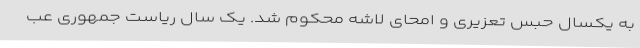
به یکسال حبس تعزیری و امحای لاشه محکوم شد. یک سال ریاست جمهوری عب